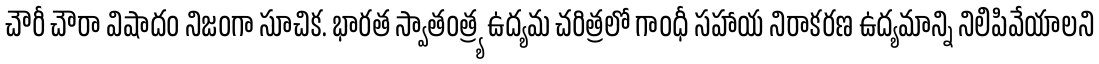
చౌరీ చౌరా విషాదం నిజంగా సూచిక. భారత స్వాతంత్ర్య ఉద్యమ చరిత్రలో గాంధీ సహాయ నిరాకరణ ఉద్యమాన్ని నిలిపివేయాలని